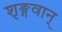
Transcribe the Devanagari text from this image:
शृङ्गवान्